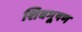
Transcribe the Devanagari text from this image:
शिवभूषण